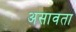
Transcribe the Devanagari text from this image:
असावता